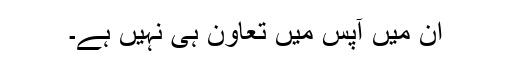
ان میں آپس میں تعاون ہی نہیں ہے۔